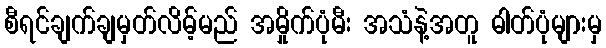
စီရင်ချက်ချမှတ်လိမ့်မည် အမှိုက်ပုံမီး အသံနဲ့အတူ ဓါတ်ပုံများမှ